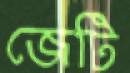
জেটি